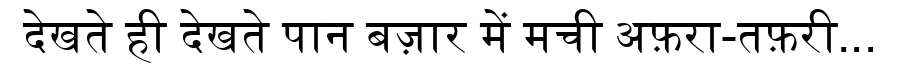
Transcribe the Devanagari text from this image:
देखते ही देखते पान बज़ार में मची अफ़रा-तफ़री...